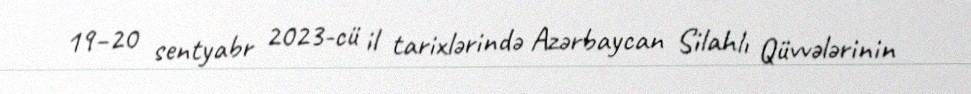
19–20 sentyabr 2023-cü il tarixlərində Azərbaycan Silahlı Qüvvələrinin